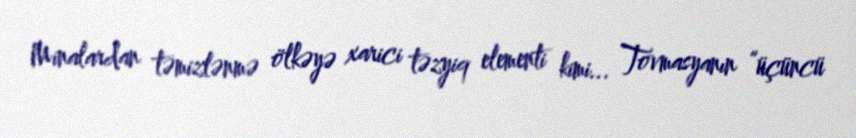
Minalardan təmizlənmə ölkəyə xarici təzyiq elementi kimi... Tovmasyanın “üçüncü